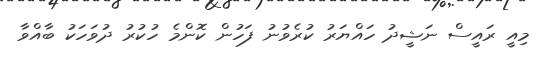
މިއީ ރައީސް ނަޝީދު ހައްޔަރު ކުރެވުނު ފަހުން ކޮންމެ ހުކުރު ދުވަހަކު ބާއްވާ